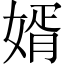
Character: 婿